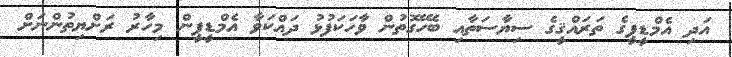
އަދި އެމްޑީޕީގެ ތަރައްޤީގެ ސިޔާސަތާއި ބެހޭގޮތުން ވާހަކަފުޅު ދައްކަވާ އެމްޑީޕީން މިހާރު ރަށްޔިތުންނަށް